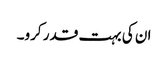
ان کی بہت قدر کرو۔